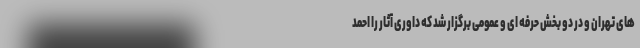
های تهران و در دو بخش حرفه ای و عمومی برگزار شد که داوری آثار را احمد